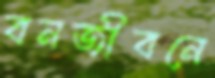
বনজীবনে